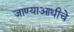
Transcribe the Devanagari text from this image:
जाण्याआधीचे